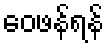
ဝေဖန်ရန်